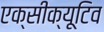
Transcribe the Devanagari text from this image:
एक्सीक्यूटिव